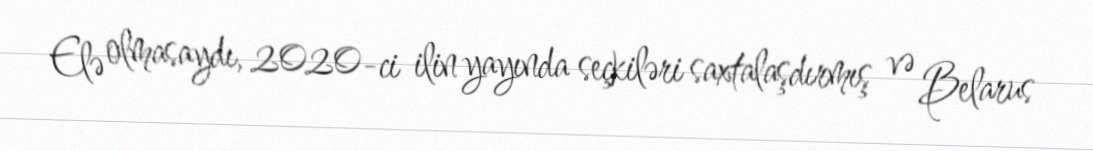
Elə olmasaydı, 2020-ci ilin yayında seçkiləri saxtalaşdırmış və Belarus